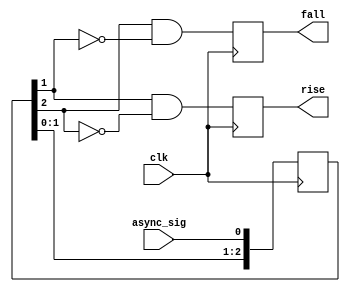
`timescale 1ns / 1ps
//////////////////////////////////////////////////////////////////////////////////
// Company: 
// Engineer: 
// 
// Design Name: 
// Module Name:    edge_detect 
// Project Name: 
// Target Devices: 
// Tool versions: 
// Description: 
//
// Generic clock sync
// Note that this doesn't debounce pushbuttons completely as the window
// is far too small. This doesn't matter in this example because the
// main FSM has a large delay after sending a packet during which the
// switch is not read.
//
// Dependencies: 
//
// Revision: 
// Revision 0.01 - File Created
// Additional Comments: 
//
//////////////////////////////////////////////////////////////////////////////////
module edge_detect (input async_sig,
                    input clk,
                    output reg rise,
                    output reg fall);

  reg [2:0] resync;

  always @(posedge clk)
  begin
    // detect rising and falling edges.
    rise <= resync[1] & !resync[2];
    fall <= resync[2] & !resync[1];
    // update history shifter.
    resync <= {resync[1:0], async_sig};
  end

endmodule